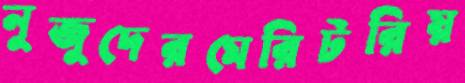
নুজুদেরমেরিটরিয়